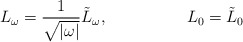
\begin{align*}L_\omega = \frac{1}{\sqrt{|\omega|}} \tilde{L}_\omega , \hspace{20mm} L_0 = \tilde{L}_0\end{align*}